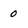
Character: 0